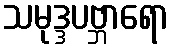
သမုဒ္ဒပဗ္ဘာရော